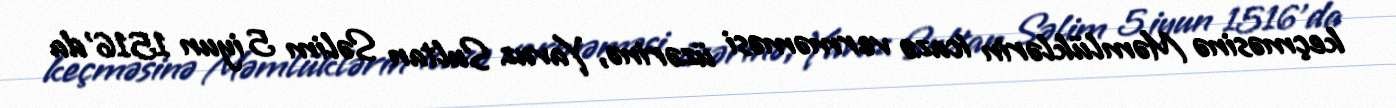
keçməsinə Məmlüklərin icazə verməməsi üzərinə, Yavuz Sultan Səlim 5 iyun 1516'da